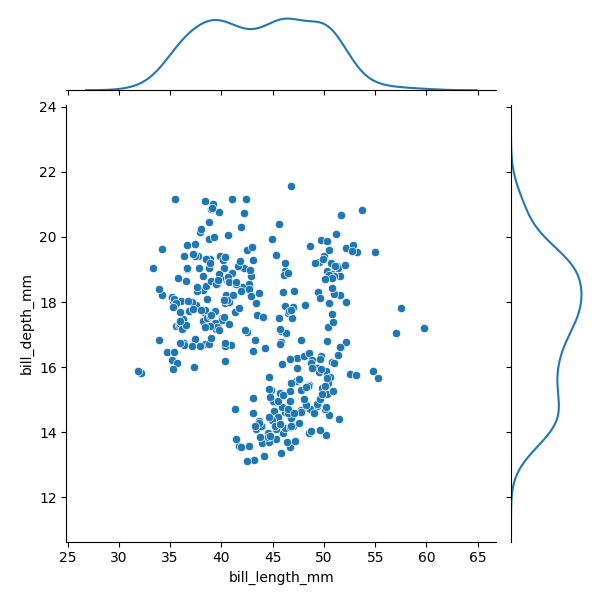
python, seaborn, JointGrid, scatterplot, kdeplot